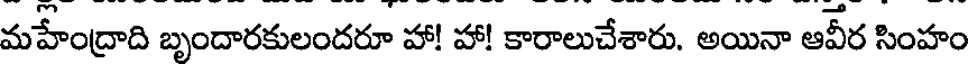
మహేంద్రాది బృందారకులందరూ హా! హా! కారాలుచేశారు. అయినా ఆవీర సింహం